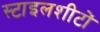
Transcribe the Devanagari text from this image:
स्टाइलशीटों